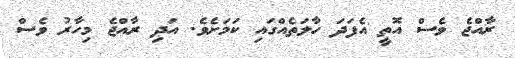
ރާއްޖެ ވެސް އޮތީ އެފަދަ ހާލަތެއްގައި ކަމަށެވެ. އަދި ރާއްޖެ މިހާރު ވެސް